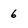
Character: 6